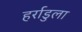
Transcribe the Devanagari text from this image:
हर्राडुला